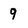
Character: 9